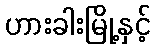
ဟားခါးမြို့နှင့်